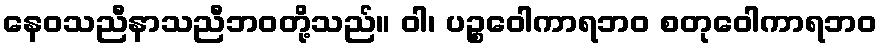
နေဝသညီနာသညီဘဝတို့သည်။ ဝါ၊ ပဉ္စဝေါကာရဘဝ စတုဝေါကာရဘဝ